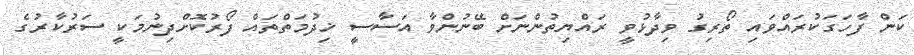
ކަން ފާހަގަކުރައްވައި ތޯރިގު ވިދާޅުވީ ރައްޔިތުންނަށް ބޭނުންވާ އަސާސީ ޚިދުމަތްތައް ފޯރުކޮށްދިނުމަކީ ސަރުކާރުގެ